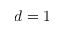
d = 1